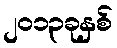
၂၀၁၃ခုနှစ်